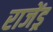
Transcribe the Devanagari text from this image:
राजेंड्र